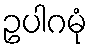
ဥပါဂမုံ